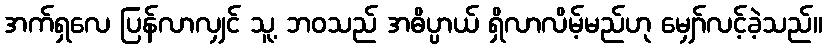
အက်ရှလေ ပြန်လာလျှင် သူ့ ဘဝသည် အဓိပ္ပာယ် ရှိလာလိမ့်မည်ဟု မျှော်လင့်ခဲ့သည်။